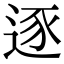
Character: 逐